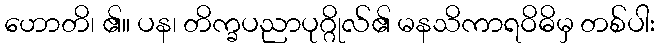
ဟောတိ၊ ၏။ ပန၊ တိက္ခပညာပုဂ္ဂိုလ်၏ မနသိကာရဝိဓိမှ တစ်ပါး